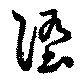
堕